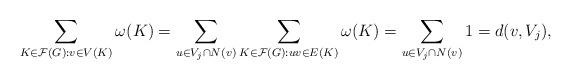
LaTeX: \begin{align*}\sum_{K\in \mathcal{F}(G):v\in V(K)}\omega(K)=\sum_{u\in V_j\cap N(v)}\sum_{K\in \mathcal{F}(G):uv\in E(K)}\omega(K)=\sum_{u\in V_j\cap N(v)}1=d(v,V_j),\end{align*}